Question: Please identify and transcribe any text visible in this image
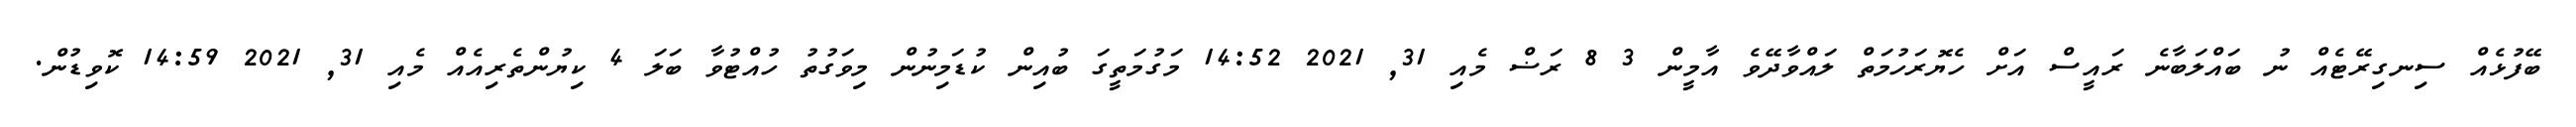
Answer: ބޭފުޅެއް ސިނގިރޭޓެއް ނު ބައްލަބާނެ ރައީސް އަށް ހެޔޮރަހުމަތް ލައްވާދޭވެ އާމީން 3 8 ރަޟް މެއި 31, 2021 14:52 މަގުމަތީގަ ބުއިން ކުޑަމިނުން މިވަގުތު ހުއްޓުވާ ބަލަ 4 ކިޔުންތެރިއެއް މެއި 31, 2021 14:59 ކޮވިޑުން.